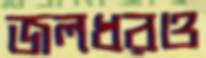
জলধরও